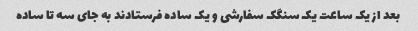
بعد از یک ساعت یک سنگک سفارشی و یک ساده فرستادند به جای سه تا ساده